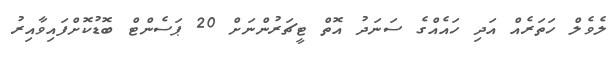
ލެވެލް ހަތަރެއް އަދި ހައެއްގެ ސަަނަދު އޮތް ޓީޗަރުންނަށް 20 ޕަސެންޓް ބޮޑުކޮށްފައިވާއިރު